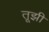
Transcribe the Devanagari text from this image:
तूझी